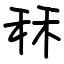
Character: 秝